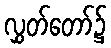
လွှတ်တော်၌